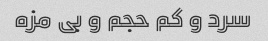
سرد و کم حجم و بى مزه